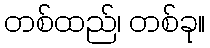
တစ်ထည်၊ တစ်ခု။